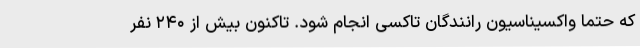
که حتما واکسیناسیون رانندگان تاکسی انجام شود. تاکنون بیش از ۲۴۰ نفر